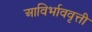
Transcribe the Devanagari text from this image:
आविर्भाववृत्ती